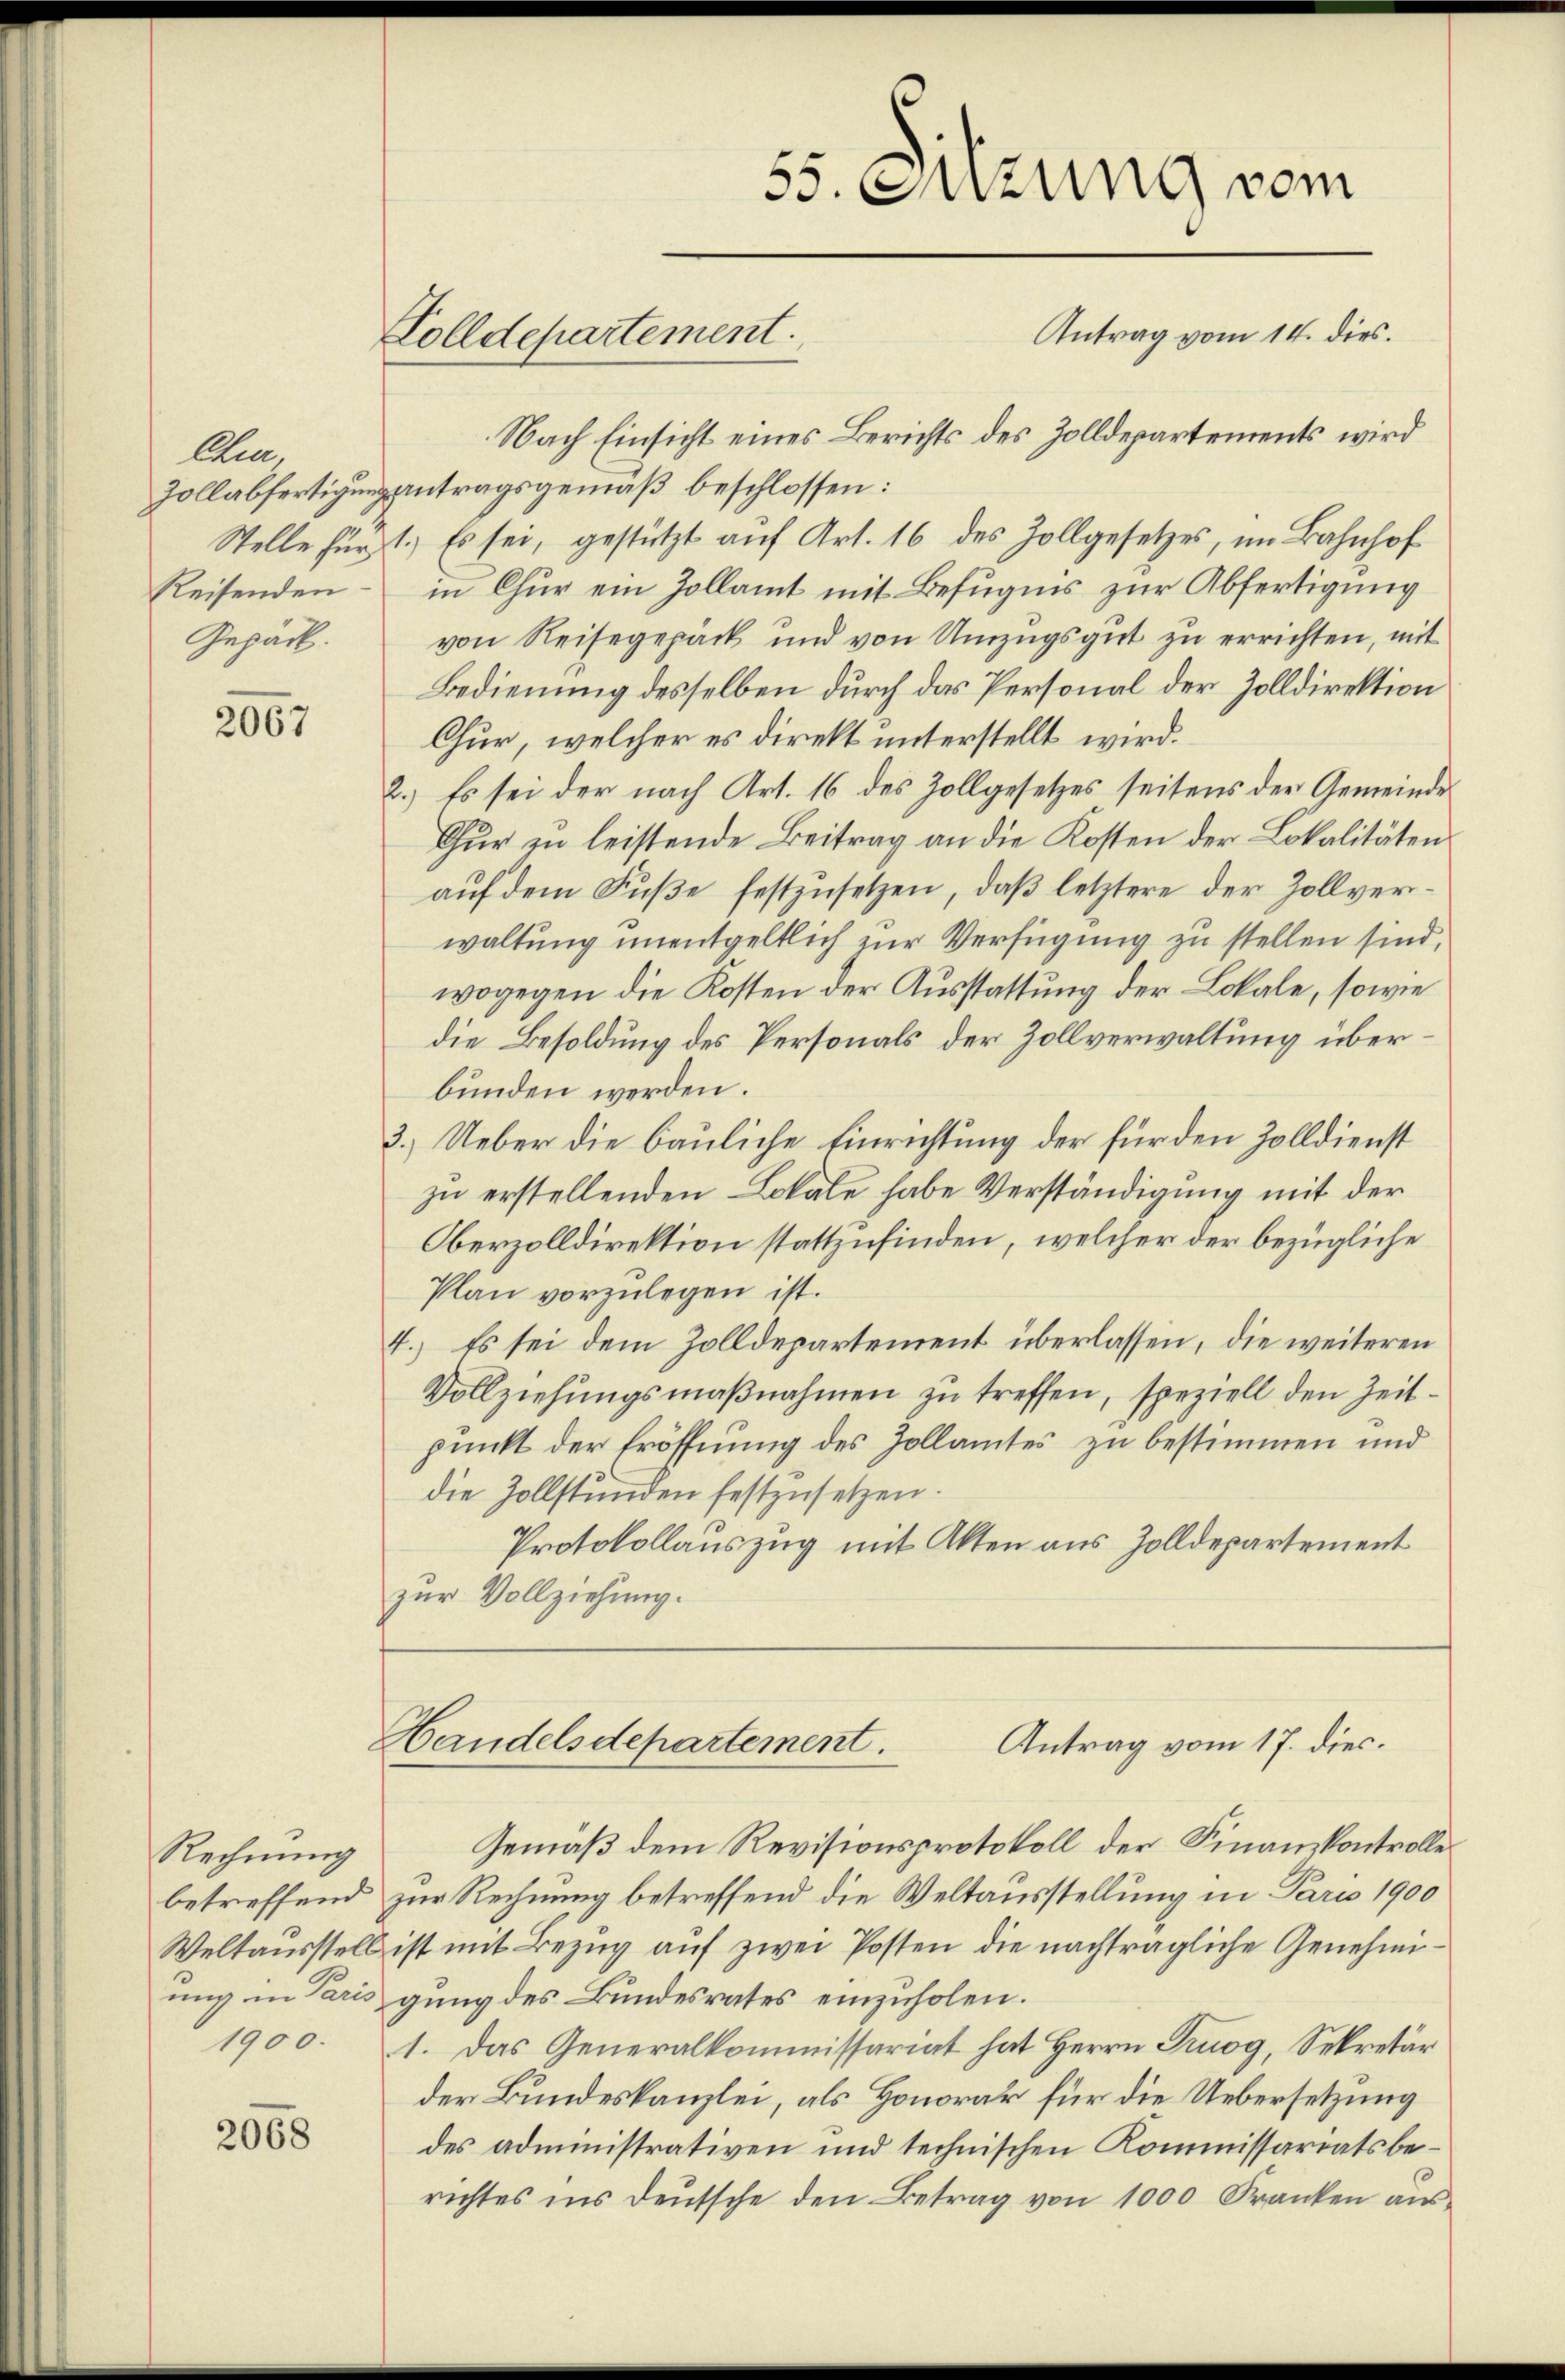
Allen,
Reisenden
Gepäck.

2067

Rechnung
1900.

2068

Golldepartement.

Nach Einsicht eines Berichts des Zolldepartements wird
Zollabfertigung antragsgemäß beschlossen:
Stelle fürst. Es sei, gestützt auf Art. 16 des Zollgesetzes, im Bahnhof
in Chur ein Zollamt mit Befugnis zur Abfertigung
von Reisegepack und von Umzugsgut zu errichten, mit
Bedienung desselben durch das Personal der Zolldirektion
Chur, welcher es direkt unterstellt wird.
2.) Es sei der nach Art. 16 des Zollgesetzes seitens der Gemeinde
Chur zu leistende Beitrag an die Kosten der Lokalitäten
auf dem Fuße festzusetzen, daß letztere der Zollverwaltung unentgeltlich zur Verfügung zu stellen sind,
wogegen die Kosten der Ausstattung der Lokale, sowie
die Besoldung des Personals der Zollverwaltung überbunden werden.
3.) Ueber die bauliche Einrichtung der für den Zolldienst
zu erstellenden Lokale habe Verständigung mit der
Oberzolldirektion stattzufinden, welcher der bezügliche
Plan vorzulegen ist.
4.) Es sei dem Zolldepartement überlassen, die weiteren
Vollziehungsmaßnahmen zu treffen, speziell den Zeitpunkt der Eröffnung des Zollamtes zu bestimmen und
die Zollstunden festzusetzen.
Protokollauszug mit Akten aus Zolldepartement
zur Vollziehung.

55. Sitzung vom
Antrag vom 14. dies.

Antrag vom 17. dies.
Handelsdepartement.

Gemäß dem Revisionsprotokoll der Finanzkontrolle
betreffend zur Rechnung betreffend die Weltausstellung in Paris 1900
Weltausstell ist mit Bezug auf zwei Posten die nachträgliche Genehmiung in Paris gung des Bundesrates einzuholen.
1. Das Generalkommissariat hat Herrn Prugg, Sekretär
der Bundeskanzlei, als Honorar für die Uebersetzung
des administrativen und technischen Kommissariatsberichtes ins deŭtsche den Betrag von 1000 Franken aŭs